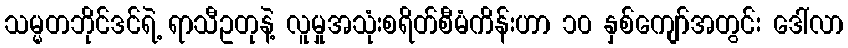
သမ္မတဘိုင်ဒင်ရဲ့ ရာသီဥတုနဲ့ လူမှုအသုံးစရိတ်စီမံကိန်းဟာ ၁၀ နှစ်ကျော်အတွင်း ဒေါ်လာ